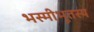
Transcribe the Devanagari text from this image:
भस्मीभूतस्य